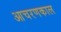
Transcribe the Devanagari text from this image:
आचरणकाल